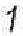
1